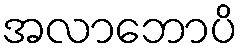
အလာဘောပိ